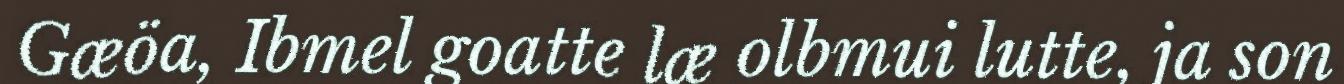
Gæöa, Ibmel goatte læ olbmui lutte, ja son